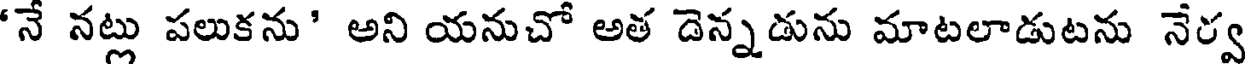
'నే నట్లు పలుకను' అని యనుచో అత డెన్నడును మాటలాడుటను నేర్వ